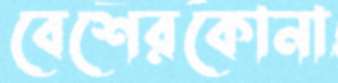
বেশেরকোনা